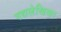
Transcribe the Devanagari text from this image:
गद्यलेखिका